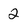
Character: 2